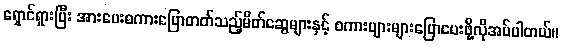
ရှောင်ရှားပြီး အားပေးစကားပြောတတ်သည့်မိတ်ဆွေများနှင့် စကားများများပြောပေးဖို့လိုအပ်ပါတယ်။